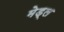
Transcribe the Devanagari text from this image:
मेड्ल